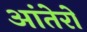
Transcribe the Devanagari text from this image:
आंतेरो